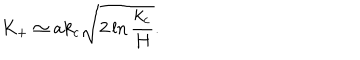
K _ { + } \simeq a k _ { \mathrm { c } } \sqrt { 2 \ln \frac { k _ { \mathrm { c } } } { H } } .